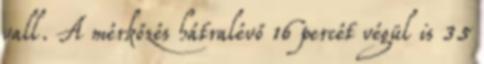
vall. A mérkőzés hátralévő 16 percét végül is 35